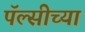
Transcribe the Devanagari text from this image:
पॅल्सीच्या